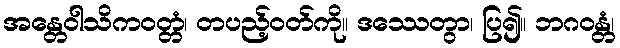
အန္တေဝါသိကဝတ္တံ၊ တပည့်ဝတ်ကို။ ဒဿေတွာ၊ ပြ၍။ ဘဂဝန္တံ၊